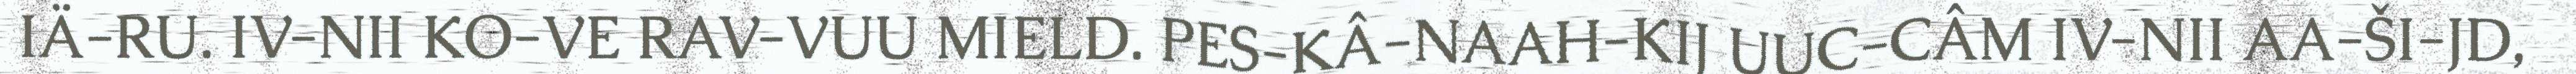
IÄ-RU. IV-NII KO-VE RAV-VUU MIELD. PES-KÂ-NAAH-KIJ UUC-CÂM IV-NII AA-ŠI-JD,